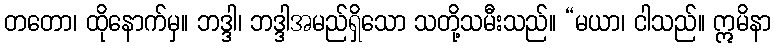
တတော၊ ထိုနောက်မှ။ ဘဒ္ဒါ၊ ဘဒ္ဒါအမည်ရှိသော သတို့သမီးသည်။ “မယာ၊ ငါသည်။ ဣမိနာ